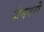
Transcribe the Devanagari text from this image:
जैनगेरी